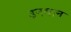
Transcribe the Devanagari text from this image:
उनवान